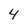
Character: 4